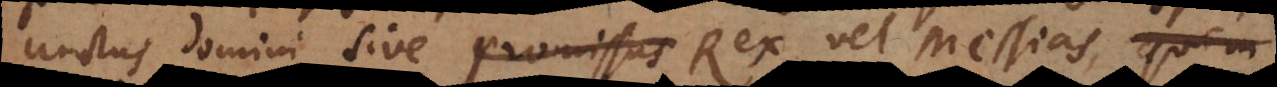
unctus Domini, sive Rex vel Messias, quem